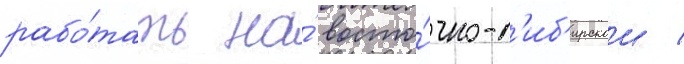
рабо́тать на́ восто́чно-с'иб'ирскои /